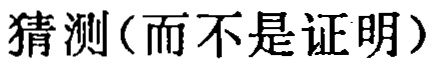
猜测（而不是证明）